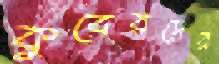
কুবেরদের